Annual report on the working of the Harcourt Butler Institute of Public Health, Rangoon
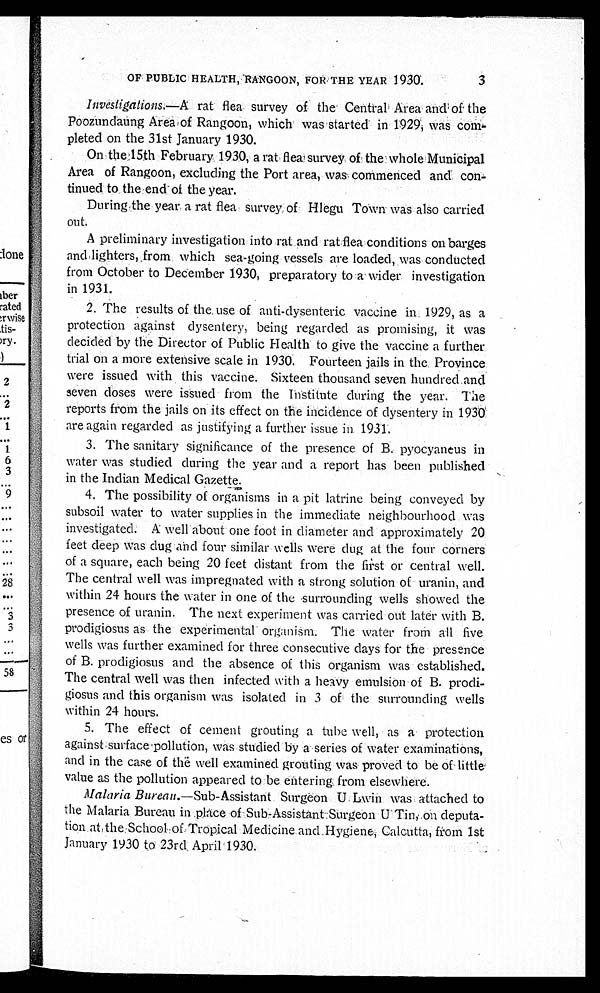
3
OF PUBLIC HEALTH, RANGOON, FOR THE YEAR 1930.
Investigations.—A rat flea survey of the Central Area and of the
Poozundaung Area of Rangoon, which was started in 1929, was co
m - p l e t e d o n t h e 3 1 s t J a n u a r y 1 9 3 0 .
On the 15th February. 1930, a rat flea survey of the whole Municipal
Area of Rangoon, excluding the Port area, was commenced and con
- t i n u e d t o t h e e n d o f t h e y e a r .
During the year a rat flea survey of . Hlegu Town was also carried
out.
A preliminary investigation into rat and rat flea conditions on barges
and lighters, from which sea-going vessels are loaded, was conducted
from October to December 1930, preparatory to a wider investigation
in 1931.
2. The results of the use of anti-dysenteric vaccine 1929, as a
protection against dysentery, being regarded as promising, it was
decided by the Director of Public Health to give the vaccine a further
trial on a more extensive scale in 1930. Fourteen jails in the Province
were issued with this vaccine. Sixteen thousand seven hundred and
seven closes were issued from the Institute during the year. The
reports from the jails on its effect on the incidence of dysentery in 1930
are again regarded as justifying a further issue in. 1931.
3. The sanitary significance of the presence of B. pyocyaneus in
water was studied during the year and a report has been published
in the Indian Medical Gazette.
4. The possibility of organisms in a pit latrine being conveyed by
subsoil water to water supplies in the immediate neighbourhood was
investigated. A well about one foot in diameter and approximately 20
feet deep was dug and four similar wells were dug at the four corners
of a square, each being 20 feet distant from the fist or central well.
The central well was impregnated with a strong solution of uranin, and
within 24 hours the water in one of the surrounding wells showed the
presence of uranin. The next experiment was carried out later with B.
prodigiosus as the experimental organism. The water from all five
wells was further examined for three consecutive days for the presence
of B. prodigiosus and the absence of this organism was established.
The central well was then infected with a heavy emulsion of B. prodi
-giosus and this organism was isolated in 3 of the surrounding wells
within 24 hours.
5. The effect of cement grouting a tube well, as a protection
against surface pollution, was studied by a series of water examinations,
and in the case of thë well examined grouting was proved to be of little
value as the pollution appeared to be entering from elsewhere.
Malaria Bureau.—Sub-Assistant Surgeon U Lwin was attached to
the Malaria Bureau in .place of Sub-Assistant Surgeon U Tin, on deputa
- t i o n a t t h e S c h o o l o f T r o p i c a l M e d i c i n e a n d H y g i e n e , C a l c u t t a , f r o m 1 s t
January 1930 to 23rd April 1930.